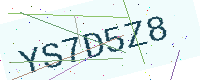
Text: YS7D5Z8